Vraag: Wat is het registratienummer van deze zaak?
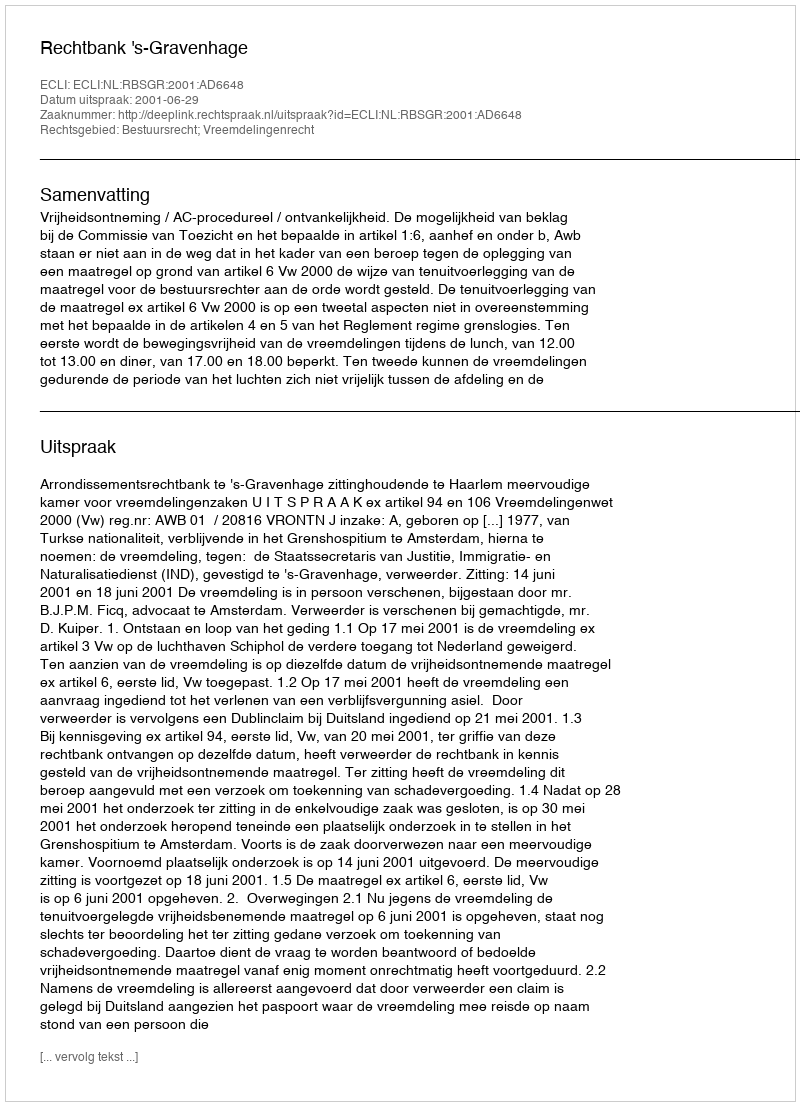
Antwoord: http://deeplink.rechtspraak.nl/uitspraak?id=ECLI:NL:RBSGR:2001:AD6648